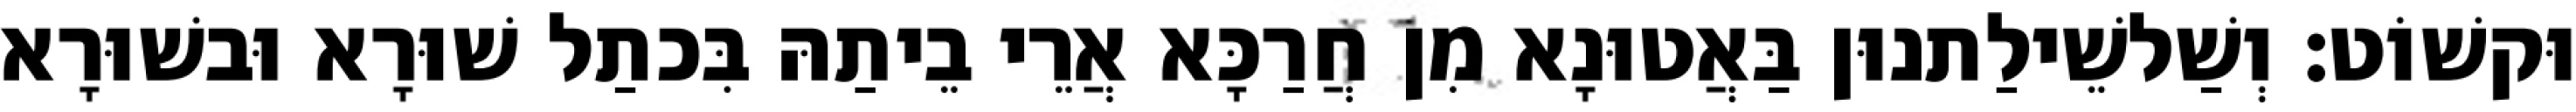
וּקשׁוֹט׃ וְשַׁלשֵׁילַתנוּן בַּאֲטוּנָא מִן חֲרַכָּא אֲרֵי בֵיתַהּ בִּכתַל שׁוּרָא וּבשׁוּרָא